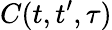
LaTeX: C(t,t^{\prime},\tau)